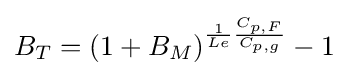
B_{T}=\left(1+B_{M}\right)^{{\frac {1}{Le}}{\frac {C_{p,F}}{C_{p,g}}}}-1